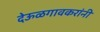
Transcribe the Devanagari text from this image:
देऊळगावकरांनी